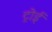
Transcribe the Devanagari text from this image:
ट्रोई